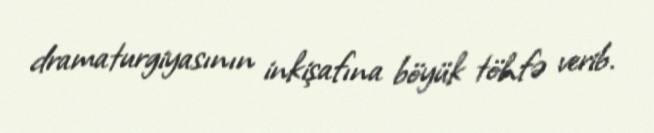
dramaturgiyasının inkişafına böyük töhfə verib.